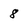
Character: 8